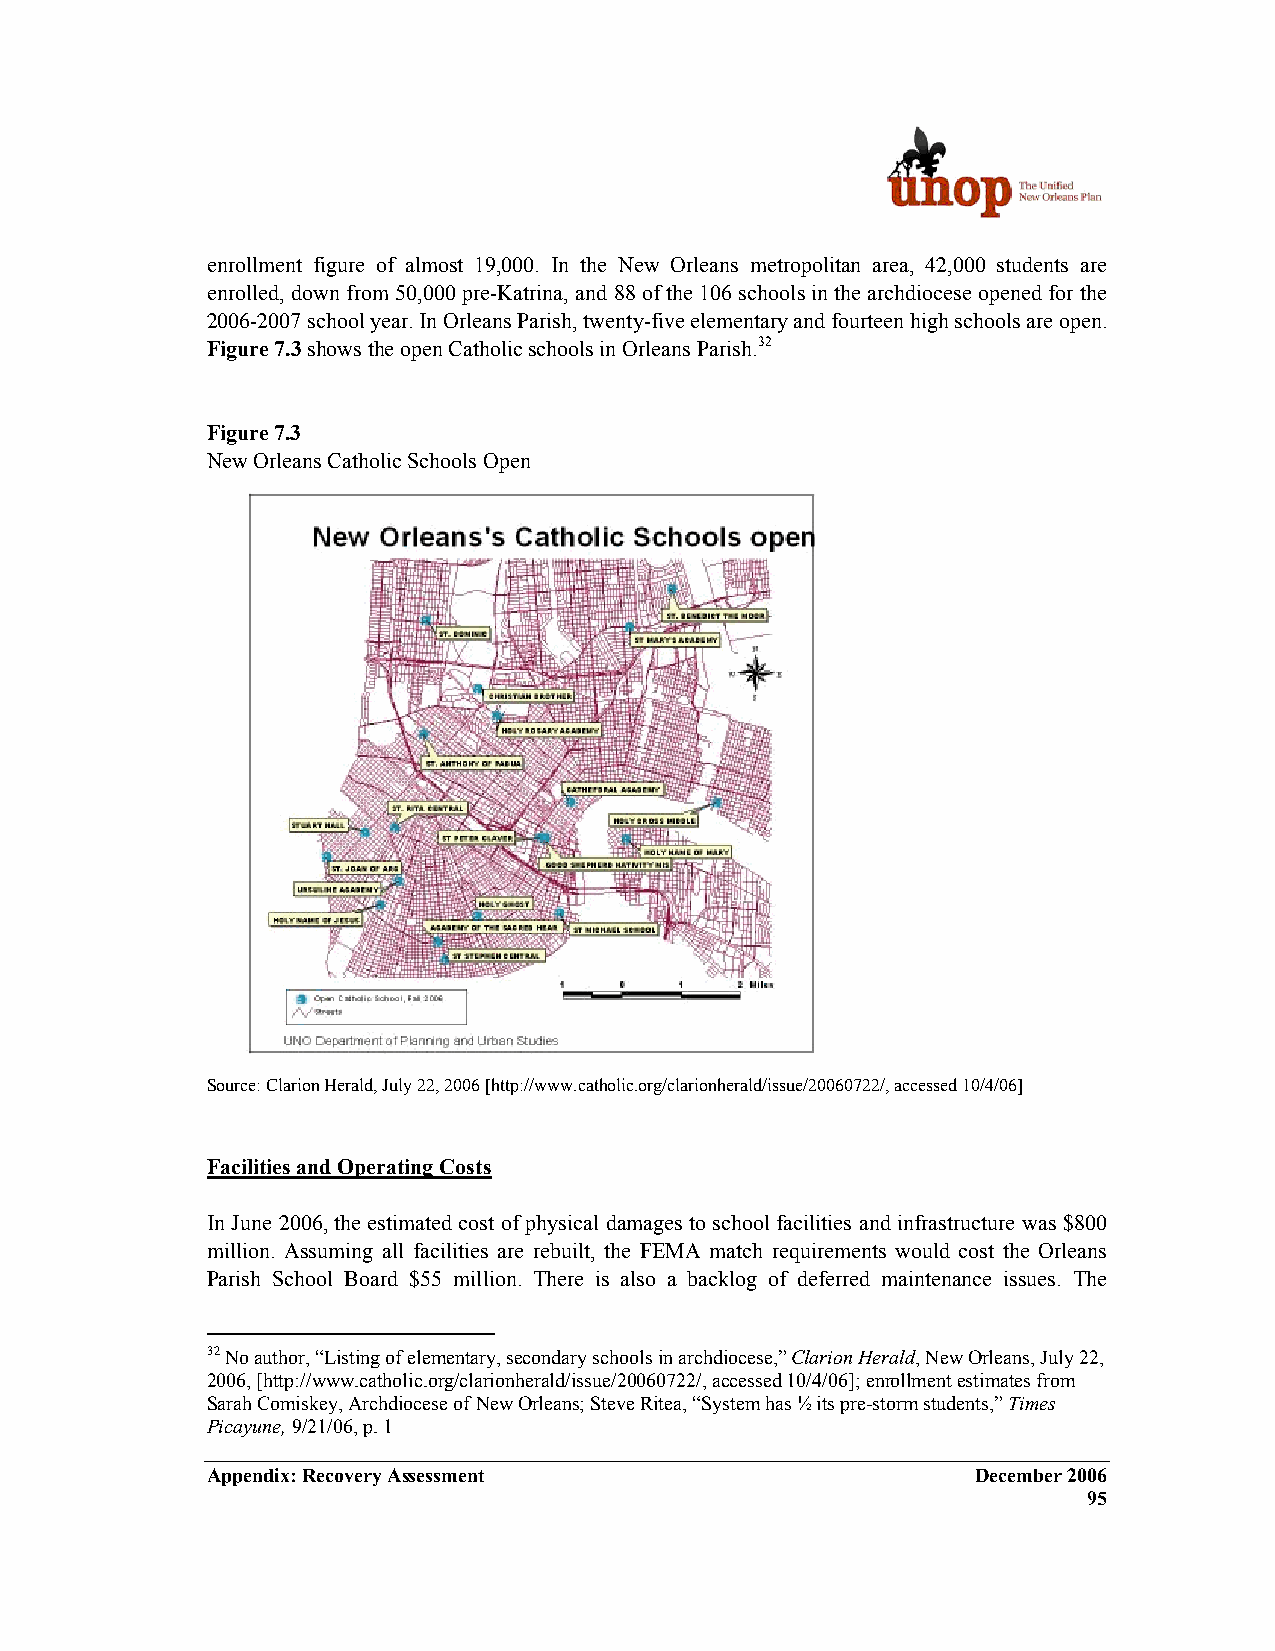
enrollment figure of almost 19,000. In the New Orleans metropolitan area, 42,000 students are
 enrolled, down from 50,000 pre-Katrina, and 88 of the 106 schools in the archdiocese opened for the
 2006-2007 school year. In Orleans Parish, twenty-five elementary and fourteen high schools are open.
 Figure 7.3 shows the open Catholic schools in Orleans Parish.32
 Figure 7.3
 New Orleans Catholic Schools Open
 Source: Clarion Herald, July 22, 2006 [http://www.catholic.org/clarionherald/issue/20060722/, accessed 10/4/06]
 Facilities and Operating Costs
 In June 2006, the estimated cost of physical damages to school facilities and infrastructure was $800
 million. Assuming all facilities are rebuilt, the FEMA match requirements would cost the Orleans
 Parish School Board $55 million. There is also a backlog of deferred maintenance issues. The
 32 No author, “Listing of elementary, secondary schools in archdiocese,” Clarion Herald, New Orleans, July 22,
 2006, [http://www.catholic.org/clarionherald/issue/20060722/, accessed 10/4/06]; enrollment estimates from
 Sarah Comiskey, Archdiocese of New Orleans; Steve Ritea, “System has ½ its pre-storm students,” Times
 Picayune, 9/21/06, p. 1
 Appendix: Recovery Assessment                      December 2006
 95